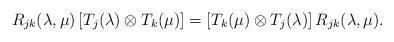
LaTeX: \begin{align*}R_{jk} (\lambda, \mu)\left[T_j (\lambda) \otimes T_k (\mu)\right]=\left[T_k (\mu) \otimes T_j (\lambda)\right]R_{jk} (\lambda, \mu).\end{align*}